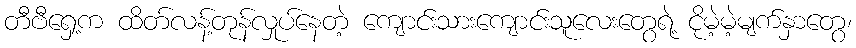
တီဗီရှေ့က ထိတ်လန့်တုန်လှုပ်နေတဲ့ ကျောင်းသားကျောင်းသူလေးတွေရဲ့ ငိုမဲ့မဲ့မျက်နှာတွေ၊